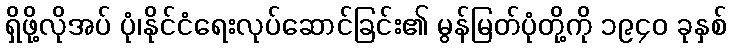
ရှိဖို့လိုအပ် ပုံ၊နိုင်ငံရေးလုပ်ဆောင်ခြင်း၏ မွန်မြတ်ပုံတို့ကို ၁၉၄၀ ခုနှစ်